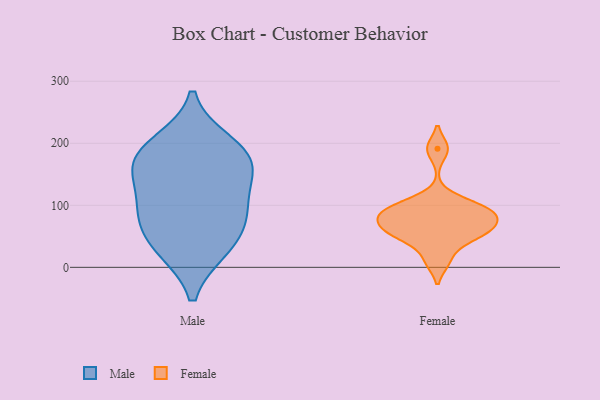
{"axis": {"x": "Waste Production (Tons)", "y": "Value"}, "legend": ["Female", "Male"], "data": [{"x": "", "y": 93, "type": "Male"}, {"x": "", "y": 75, "type": "Male"}, {"x": "", "y": 149, "type": "Male"}, {"x": "", "y": 151, "type": "Male"}, {"x": "", "y": 91, "type": "Male"}, {"x": "", "y": 31, "type": "Male"}, {"x": "", "y": 30, "type": "Male"}, {"x": "", "y": 178, "type": "Male"}, {"x": "", "y": 200, "type": "Male"}, {"x": "", "y": 182, "type": "Male"}, {"x": "", "y": 191, "type": "Female"}, {"x": "", "y": 56, "type": "Female"}, {"x": "", "y": 44, "type": "Female"}, {"x": "", "y": 89, "type": "Female"}, {"x": "", "y": 96, "type": "Female"}, {"x": "", "y": 77, "type": "Female"}, {"x": "", "y": 57, "type": "Female"}, {"x": "", "y": 10, "type": "Female"}, {"x": "", "y": 67, "type": "Female"}, {"x": "", "y": 85, "type": "Female"}, {"x": "", "y": 105, "type": "Female"}]}